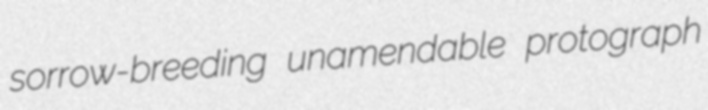
sorrow-breeding unamendable protograph